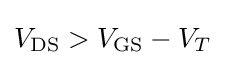
V_{\rm {DS}}>V_{\rm {GS}}-V_{T}